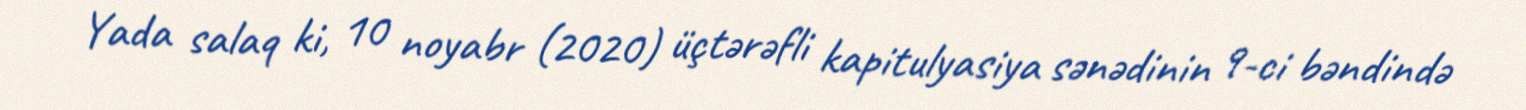
Yada salaq ki, 10 noyabr (2020) üçtərəfli kapitulyasiya sənədinin 9-ci bəndində